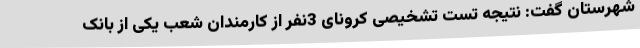
شهرستان گفت: نتیجه تست تشخیصی کرونای 3نفر از کارمندان شعب یکی از بانک